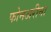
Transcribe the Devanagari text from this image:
फोनअरीना